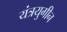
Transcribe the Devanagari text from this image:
यंत्रयुगीन